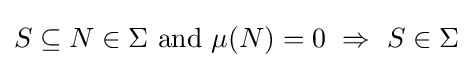
S\subseteq N\in \Sigma {\mbox{ and }}\mu (N)=0\ \Rightarrow \ S\in \Sigma